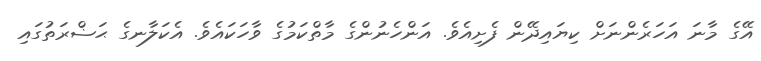
އޭގެ މާނަ އަހަރެންނަށް ކިޔައިދޭން ފެށިއެވެ. އަންހެނުންގެ މާތްކަމުގެ ވާހަކައެވެ. އެކަލާނގެ ޙަޟްރަތުގައި